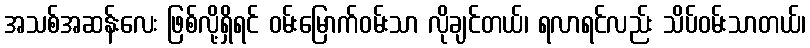
အသစ်အဆန်းလေး ဖြစ်လို့ရှိရင် ဝမ်းမြောက်ဝမ်းသာ လိုချင်တယ်၊ ရလာရင်လည်း သိပ်ဝမ်းသာတယ်၊